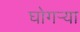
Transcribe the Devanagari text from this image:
घोगर्‍या